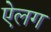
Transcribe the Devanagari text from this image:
ऐलग